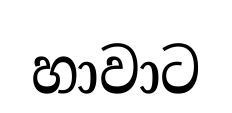
හාවාට